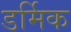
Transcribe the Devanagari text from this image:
डर्मिक